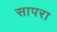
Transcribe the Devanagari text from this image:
सापरा